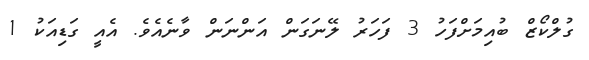
ގުލްކޯޒް ބުއިމަށްފަހު 3 ފަހަރު ލޭނަގަން އަންނަން ވާނެއެވެ. އެއީ ގަޑިއަކު 1